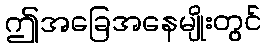
ဤအခြေအနေမျိုးတွင်